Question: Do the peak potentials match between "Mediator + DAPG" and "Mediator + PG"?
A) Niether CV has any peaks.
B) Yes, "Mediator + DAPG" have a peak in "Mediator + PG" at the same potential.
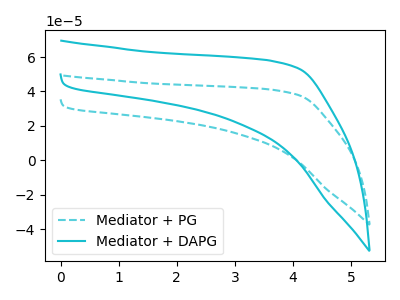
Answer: <think>The cyan dashed curve "Mediator + PG" has no peaks. The cyan curve "Mediator + DAPG" has no peaks.</think>
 <answer>A) Niether CV has any peaks.</answer>
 <eval>A</eval>